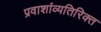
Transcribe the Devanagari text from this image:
प्रवाशांव्यतिरिक्त